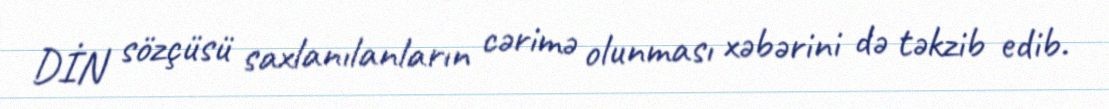
DİN sözçüsü saxlanılanların cərimə olunması xəbərini də təkzib edib.